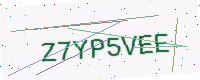
Text: Z7YP5VEE